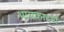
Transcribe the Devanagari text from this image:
भासकादर्श